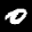
Label: 0